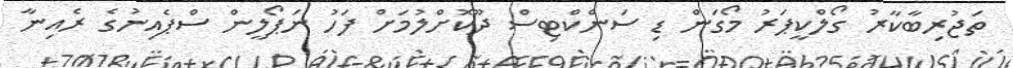
ތަޖުރިބާކާރު ގޯލްކީޕަރު މޯގަން ޑި ސަންކްޓިސް ދޫކޮށްލުމަށް ފަހު ނަޕޯލީން ސްޕެއިނުގެ ރެއިނާ